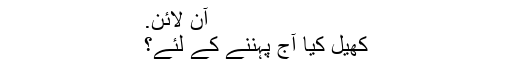
آن لائن.
کھیل کیا آج پہننے کے لئے؟